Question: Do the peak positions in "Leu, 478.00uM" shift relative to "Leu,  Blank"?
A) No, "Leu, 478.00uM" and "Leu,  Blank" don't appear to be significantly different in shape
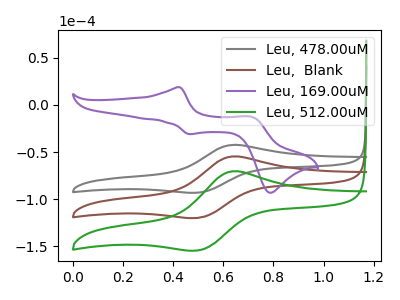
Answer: <think>The gray curve "Leu, 478.00uM" has an anodic peak at (0.65V, -42.45uA) and a cathodic peak at (0.50V, -92.95uA). The brown curve "Leu,  Blank" has an anodic peak at (0.65V, -54.70uA) and a cathodic peak at (0.50V, -119.75uA). The purple curve "Leu, 169.00uM" has anodic peaks at (0.40V, 18.95uA) (0.70V, -12.35uA) and cathodic peaks at (0.45V, -30.95uA) (0.80V, -93.20uA). The green curve "Leu, 512.00uM" has an anodic peak at (0.65V, -109.35uA) and a cathodic peak at (0.50V, -239.55uA).
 All the peaks in "Leu, 478.00uM" have a peak in "Leu,  Blank" at the same potential.</think>
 <answer>A) No, "Leu, 478.00uM" and "Leu,  Blank" don't appear to be significantly different in shape</answer>
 <eval>A</eval>